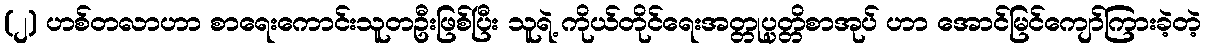
(၂) ဟစ်တလာဟာ စာရေးကောင်းသူတဦးဖြစ်ပြီး သူရဲ့ ကိုယ်တိုင်ရေးအတ္တုပ္ပတ္တိစာအုပ် ဟာ အောင်မြင်ကျော်ကြားခဲ့တဲ့